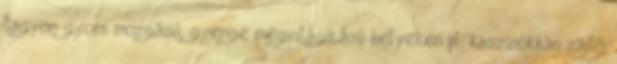
Nagyon gyors mozgású, gyenge megvilágítású helyeken pl. kaszinókban zajló